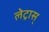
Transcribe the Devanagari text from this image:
लेट्रास्